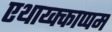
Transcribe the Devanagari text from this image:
एथाय्क्काप्पम